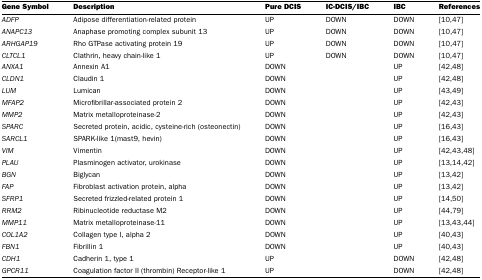
| Gene Symbol | Description | Pure DCIS | IC-DCIS/IBC | IBC | References |
 | --- | --- | --- | --- | --- | --- |
 | ADFP | Adipose differentiation-related protein | UP | DOWN | DOWN | [10,47] |
 | ANAPC13 | Anaphase promoting complex subunit 13 | UP | DOWN | DOWN | [10,47] |
 | ARHGAP19 | Rho GTPase activating protein 19 | UP | DOWN | DOWN | [10,47] |
 | CLTCL1 | Clathrin, heavy chain-like 1 | UP | DOWN | DOWN | [10,47] |
 | ANXA1 | Annexin A1 | DOWN |  | UP | [42,48] |
 | CLDN1 | Claudin 1 | DOWN |  | UP | [42,48] |
 | LUM | Lumican | DOWN |  | UP | [43,49] |
 | MFAP2 | Microfibrillar-associated protein 2 | DOWN |  | UP | [42,43] |
 | MMP2 | Matrix metalloproteinase-2 | DOWN |  | UP | [42,43] |
 | SPARC | Secreted protein, acidic, cysteine-rich (osteonectin) | DOWN |  | UP | [16,43] |
 | SARCL1 | SPARK-like 1(mast9, hevin) | DOWN |  | UP | [16,43] |
 | VIM | Vimentin | DOWN |  | UP | [42,43,48] |
 | PLAU | Plasminogen activator, urokinase | DOWN |  | UP | [13,14,42] |
 | BGN | Biglycan | DOWN |  | UP | [13,42] |
 | FAP | Fibroblast activation protein, alpha | DOWN |  | UP | [13,42] |
 | SFRP1 | Secreted frizzled-related protein 1 | DOWN |  | UP | [14,50] |
 | RRM2 | Ribinucleotide reductase M2 | DOWN |  | UP | [44,79] |
 | MMP11 | Matrix metalloproteinase-11 | DOWN |  | UP | [13,43,44] |
 | COL1A2 | Collagen type I, alpha 2 | DOWN |  | UP | [40,43] |
 | FBN1 | Fibrillin 1 | DOWN |  | UP | [40,43] |
 | CDH1 | Cadherin 1, type 1 | UP |  | DOWN | [42,48] |
 | GPCR11 | Coagulation factor II (thrombin) Receptor-like 1 | UP |  | DOWN | [42,48] |